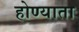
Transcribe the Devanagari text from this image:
होण्याता